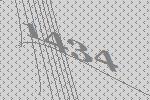
1434